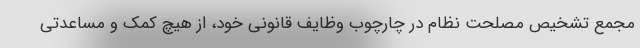
مجمع تشخیص مصلحت نظام در چارچوب وظایف قانونی خود، از هیچ کمک و مساعدتی